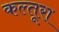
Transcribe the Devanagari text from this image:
कल्तूरा